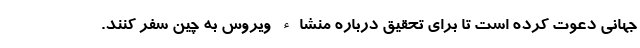
جهانی دعوت کرده است تا برای تحقیق درباره منشاء ویروس به چین سفر کنند.